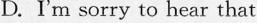
D. I'm sorry to hear that